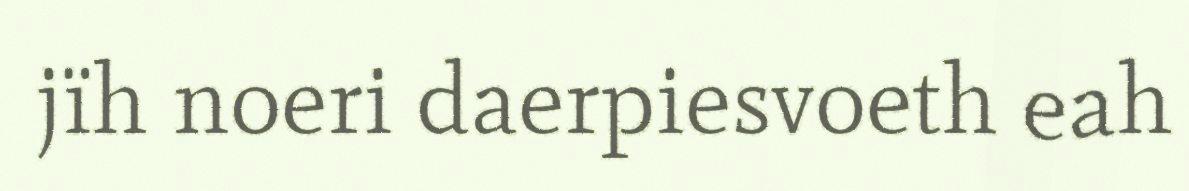
jïh noeri daerpiesvoeth eah